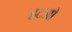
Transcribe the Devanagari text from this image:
हटओ